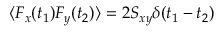
\langle F _ { x } ( t _ { 1 } ) F _ { y } ( t _ { 2 } ) \rangle = 2 S _ { x y } \delta ( t _ { 1 } - t _ { 2 } )